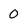
Character: 0